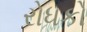
રોધકો